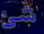
شئ